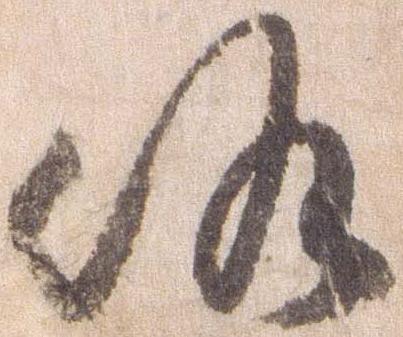
候